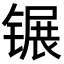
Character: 𬭫